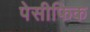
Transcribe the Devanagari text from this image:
पेसीफिक